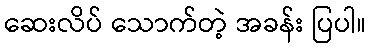
ဆေးလိပ် သောက်တဲ့ အခန်း ပြပါ။